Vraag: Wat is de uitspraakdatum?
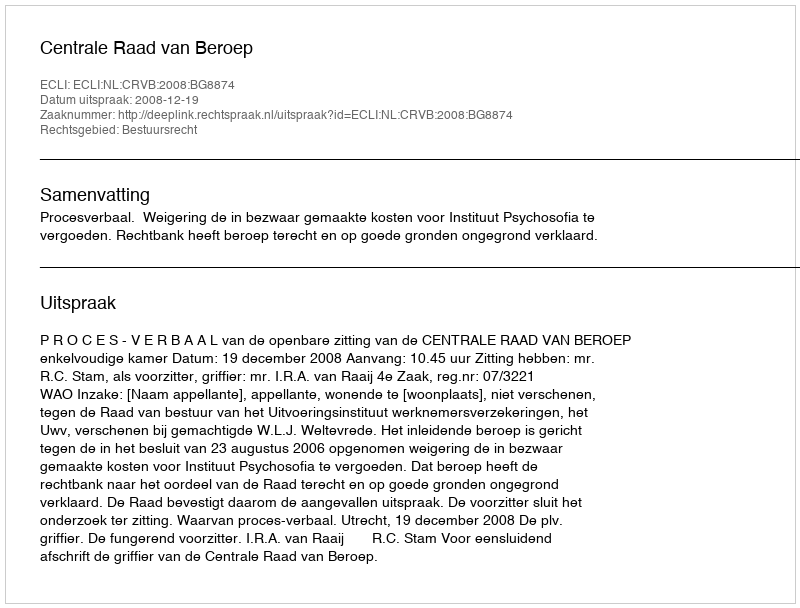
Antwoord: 2008-12-19